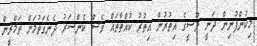
މިކުންފުނިން ދަނީ ލޫސީގެ އިތުރުން އިތުރު ކުއްތާތައް ވެސް ކެންސަރު ދެނެގަތުމަށް ތަމްރީން